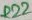
Text: R22